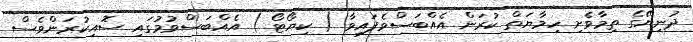
ދުނިޔޭގެ ތިމާވެށި ހިމާޔަތް ކުރަން އެއްބަސްވެފައިވާ ( ކިޔޯޓޯ ) އެއްބަސްވުމުގައި ސޮއިކުރަންވެސް